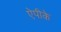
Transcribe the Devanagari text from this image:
ऐपीके